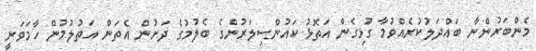
މެންބަރުންނާ ބައްދަލުކުރެއްވުމާ ގުޅިގެން އަތޮޅު ކައުންސިލަރުންގެ ބެލުމުގެ ދަށުން އެތަން އަތުލުމުން ހާމަވަނީ